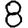
Digit: 8